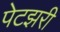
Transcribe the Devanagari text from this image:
पेटझरी